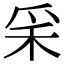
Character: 𥝩